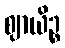
ဈာယိဉ္စ